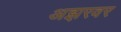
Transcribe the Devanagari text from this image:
अझरवर